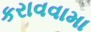
કરાવવામા